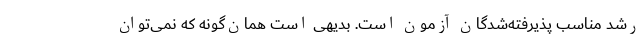
رشد مناسب پذیرفته‌شدگان آزمون است. بدیهی است همان‌گونه که نمی‌توان